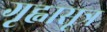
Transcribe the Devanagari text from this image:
गृह्वासूत्र